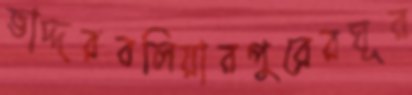
ভাদ্দরবলিয়ারপুরেরঘূর